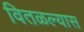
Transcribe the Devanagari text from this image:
वितळल्यास